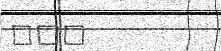
٢٣٧